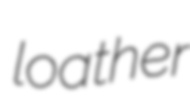
loather